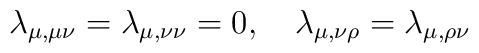
\lambda_{\mu,\mu \nu}= \lambda_{\mu,\nu \nu}=0, \quad\lambda_{\mu,\nu \rho}=\lambda_{\mu, \rho \nu}